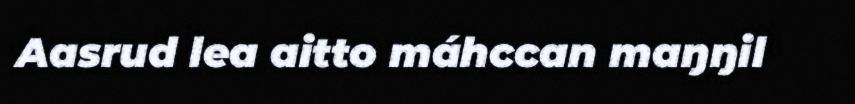
Aasrud lea aitto máhccan maŋŋil